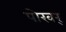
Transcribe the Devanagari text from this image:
पोखर्